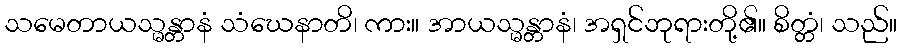
သမေတာယသ္မန္တာနံ သံဃေနာတိ၊ ကား။ အာယသ္မန္တာနံ၊ အရှင်ဘုရားတို့၏။ စိတ္တံ၊ သည်။